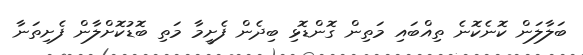
ބަލާލަން ކޮނެކޮނެ ތިއްބައި މަތިން ގޮންޑޮޅި ބިދެން ފެށީމާ މަތި ބޮޑުކޮށްލާން ފެށިތަނާ